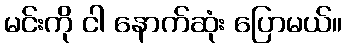
မင်းကို ငါ နောက်ဆုံး ပြောမယ်။